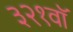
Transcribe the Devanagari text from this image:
३२१वॉ